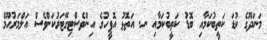
މަނަދޫގެ ކުޑަ ކަތީބުކަމާއި ބޮޑު ކަތީބުކަމާއި ނ. އަތޮޅު އޮފީހުގެ އިންވެސްޓިގޭޓަރުކަންވެސް އަލްމަރުޙޫމް